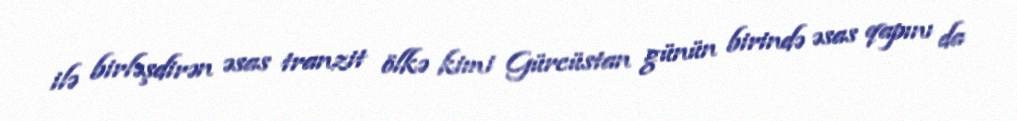
ilə birləşdirən əsas tranzit ölkə kimi Gürcüstan günün birində əsas qapını da